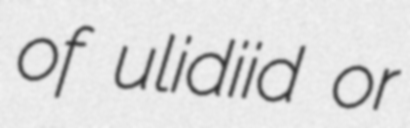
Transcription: of ulidiid or